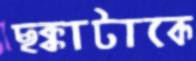
ছক্কাটাকে